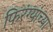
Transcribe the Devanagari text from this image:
फिरंग्यांच्या